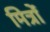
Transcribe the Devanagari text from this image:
मित्रोंं